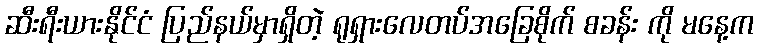
ဆီးရီးယားနိုင်ငံ ပြည်နယ်မှာရှိတဲ့ ရုရှားလေတပ်အခြေစိုက် စခန်း ကို မနေ့က